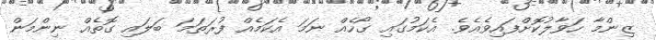
ޒިންމާ ހަވާލުކޮށްފައިވެއެވެ. އެކަމުގައި ގޯހެއް ނަމަ އެކަމެއް ފުރަތަމަ ބަލައި ގޮތެއް ނިންމަން